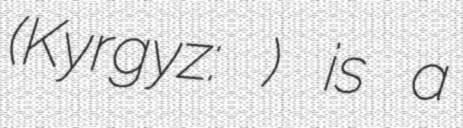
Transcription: (Kyrgyz: Орток) is a